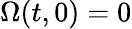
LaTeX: \Omega(t,0)=0